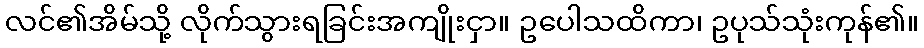
လင်၏အိမ်သို့ လိုက်သွားရခြင်းအကျိုးငှာ။ ဥပေါသထိကာ၊ ဥပုသ်သုံးကုန်၏။